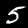
Label: 5